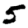
Digit: 5